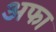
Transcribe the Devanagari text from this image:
अफा